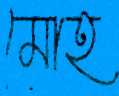
মোহ